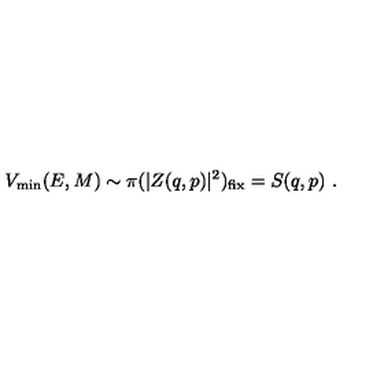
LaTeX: V _ { \mathrm { m i n } } ( E , M ) \sim \pi ( | Z ( q , p ) | ^ { 2 } ) _ { \mathrm { f i x } } = S ( q , p ) \ .